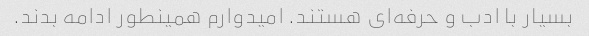
بسیار با ادب و حرفه‌ای هستند. امیدوارم همینطور ادامه بدند.